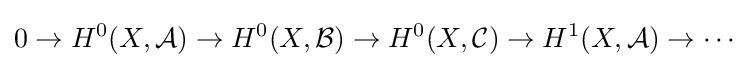
0\to H^{0}(X,{\mathcal {A}})\to H^{0}(X,{\mathcal {B}})\to H^{0}(X,{\mathcal {C}})\to H^{1}(X,{\mathcal {A}})\to \cdots